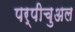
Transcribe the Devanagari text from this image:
पर्पीचुअल